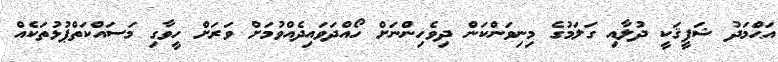
އަޙްމަދު ޝަފީޤަކީ ދުލާއި ގަލަމުގެ މިނިވަންކަން ދިވެހިންނަށް ހޯއްދަވައިދެއްވުމަށް ވަރަށް ހީވާގި މަސައްކަތްޕުޅުތަކެއް